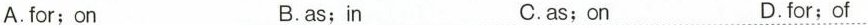
A. for; on B.as;in C.as;on D.for;of